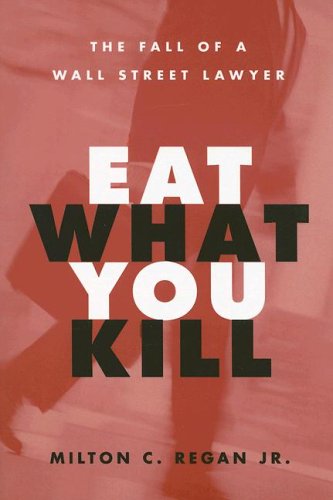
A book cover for Eat What You Kill: The Fall of a Wall Street Lawyer; Milton C Regan Jr.; Law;